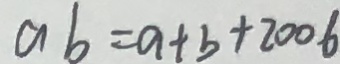
a b = a + b + 2 0 0 6